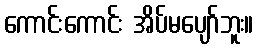
ကောင်းကောင်း အိပ်မပျော်ဘူး။